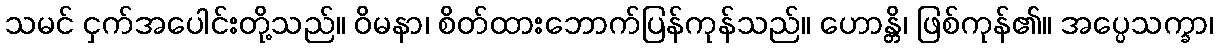
သမင် ငှက်အပေါင်းတို့သည်။ ဝိမနာ၊ စိတ်ထားဘောက်ပြန်ကုန်သည်။ ဟောန္တိ၊ ဖြစ်ကုန်၏။ အပ္ပေသက္ခာ၊